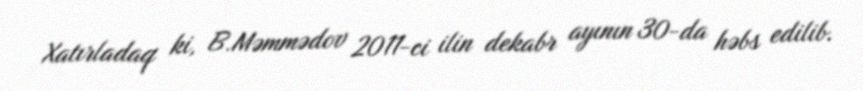
Xatırladaq ki, B.Məmmədov 2011-ci ilin dekabr ayının 30-da həbs edilib.